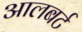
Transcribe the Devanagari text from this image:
आलबर्ट